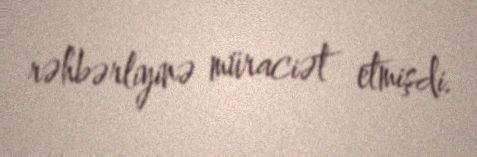
rəhbərliyinə müraciət etmişdi.